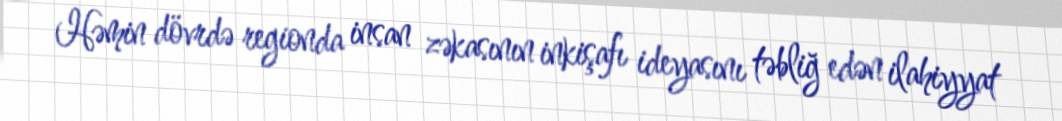
Həmin dövrdə regionda insan zəkasının inkişafı ideyasını təbliğ edən ilahiyyat